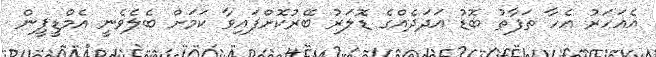
އެއަހަރު އެހާ ތަފާތު ބޮޑު އަދަދެއްގެ ޑޮލަރު ބޭރުކޮށްފައިވާ ކަމަށް ބެލެވެނީ އެމްޑީޕީން